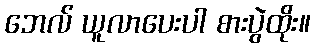
ဘေလ် ယူလာပေးပါ စားပွဲထိုး။